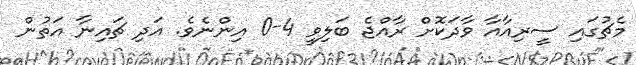
މެޗުގައި ސީރިއާއާ ވާދަކޮށް ރާއްޖެ ބަލިވީ 4-0 އިންނެވެ. އަދި ޗައިނާ އަތުން